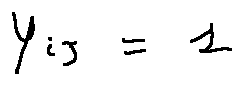
y _ { i j } = 1